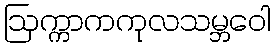
ဩက္ကာကကုလသမ္ဘဝေါ